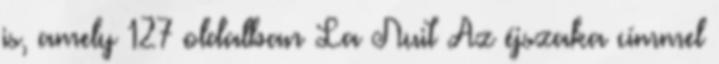
is, amely 127 oldalban La Nuit Az éjszaka címmel